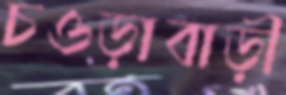
চওড়াবাড়ী